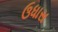
ઉધાસ